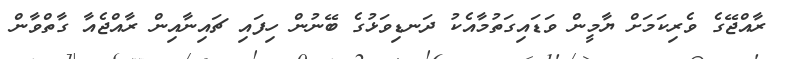
ރާއްޖޭގެ ވެރިކަމަށް ޔާމީން ވަޑައިގަތުމާއެކު ދަނޑިވަޅުގެ ބޭނުން ހިފައި ޗައިނާއިން ރާއްޖެއާ ގާތްވާން